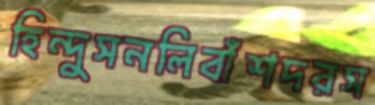
হিন্দুসনলিবাঁশদরস